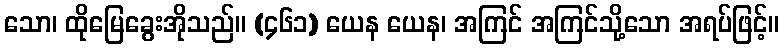
သော၊ ထိုမြေခွေးအိုသည်။ (၄၆၁) ယေန ယေန၊ အကြင် အကြင်သို့သော အရပ်ဖြင့်။